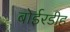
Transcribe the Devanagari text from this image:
बोईरडीह